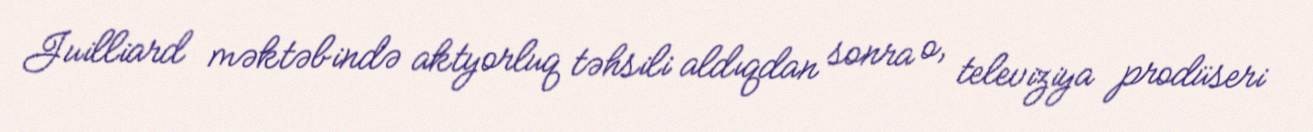
Juilliard məktəbində aktyorluq təhsili aldıqdan sonra o, televiziya prodüseri